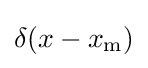
\delta (x-x_{\mathrm {m} })